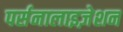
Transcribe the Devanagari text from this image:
पर्सनालाइज़ेशन